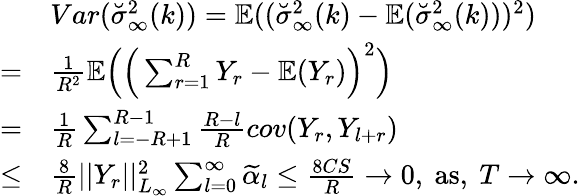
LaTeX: \begin{array}{rl}&{Var(\breve{\sigma}_{\infty}^{2}(k))=\mathbb{E}((\breve{\sigma}_{\infty}^{2}(k)-\mathbb{E}(\breve{\sigma}_{\infty}^{2}(k)))^{2})}\\ {=}&{\frac{1}{R^{2}}\mathbb{E}\Big(\Big(\sum_{r=1}^{R}Y_{r}-\mathbb{E}(Y_{r})\Big)^{2}\Big)}\\ {=}&{\frac{1}{R}\sum_{l=-R+1}^{R-1}\frac{R-l}{R}cov(Y_{r},Y_{l+r})}\\ {\le}&{\frac{8}{R}\vert\vert Y_{r}\vert\vert_{L_{\infty}}^{2}\sum_{l=0}^{\infty}\widetilde{\alpha}_{l}\le\frac{8CS}{R}\rightarrow 0,\ \mathrm{as},\ T\rightarrow\infty.}\end{array}